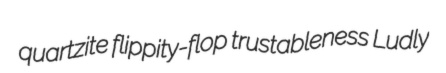
quartzite flippity-flop trustableness Ludly